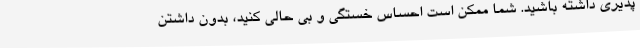
پذیری داشته باشید. شما ممکن است احساس خستگی و بی حالی کنید، بدون داشتن